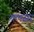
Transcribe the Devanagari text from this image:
मलसर